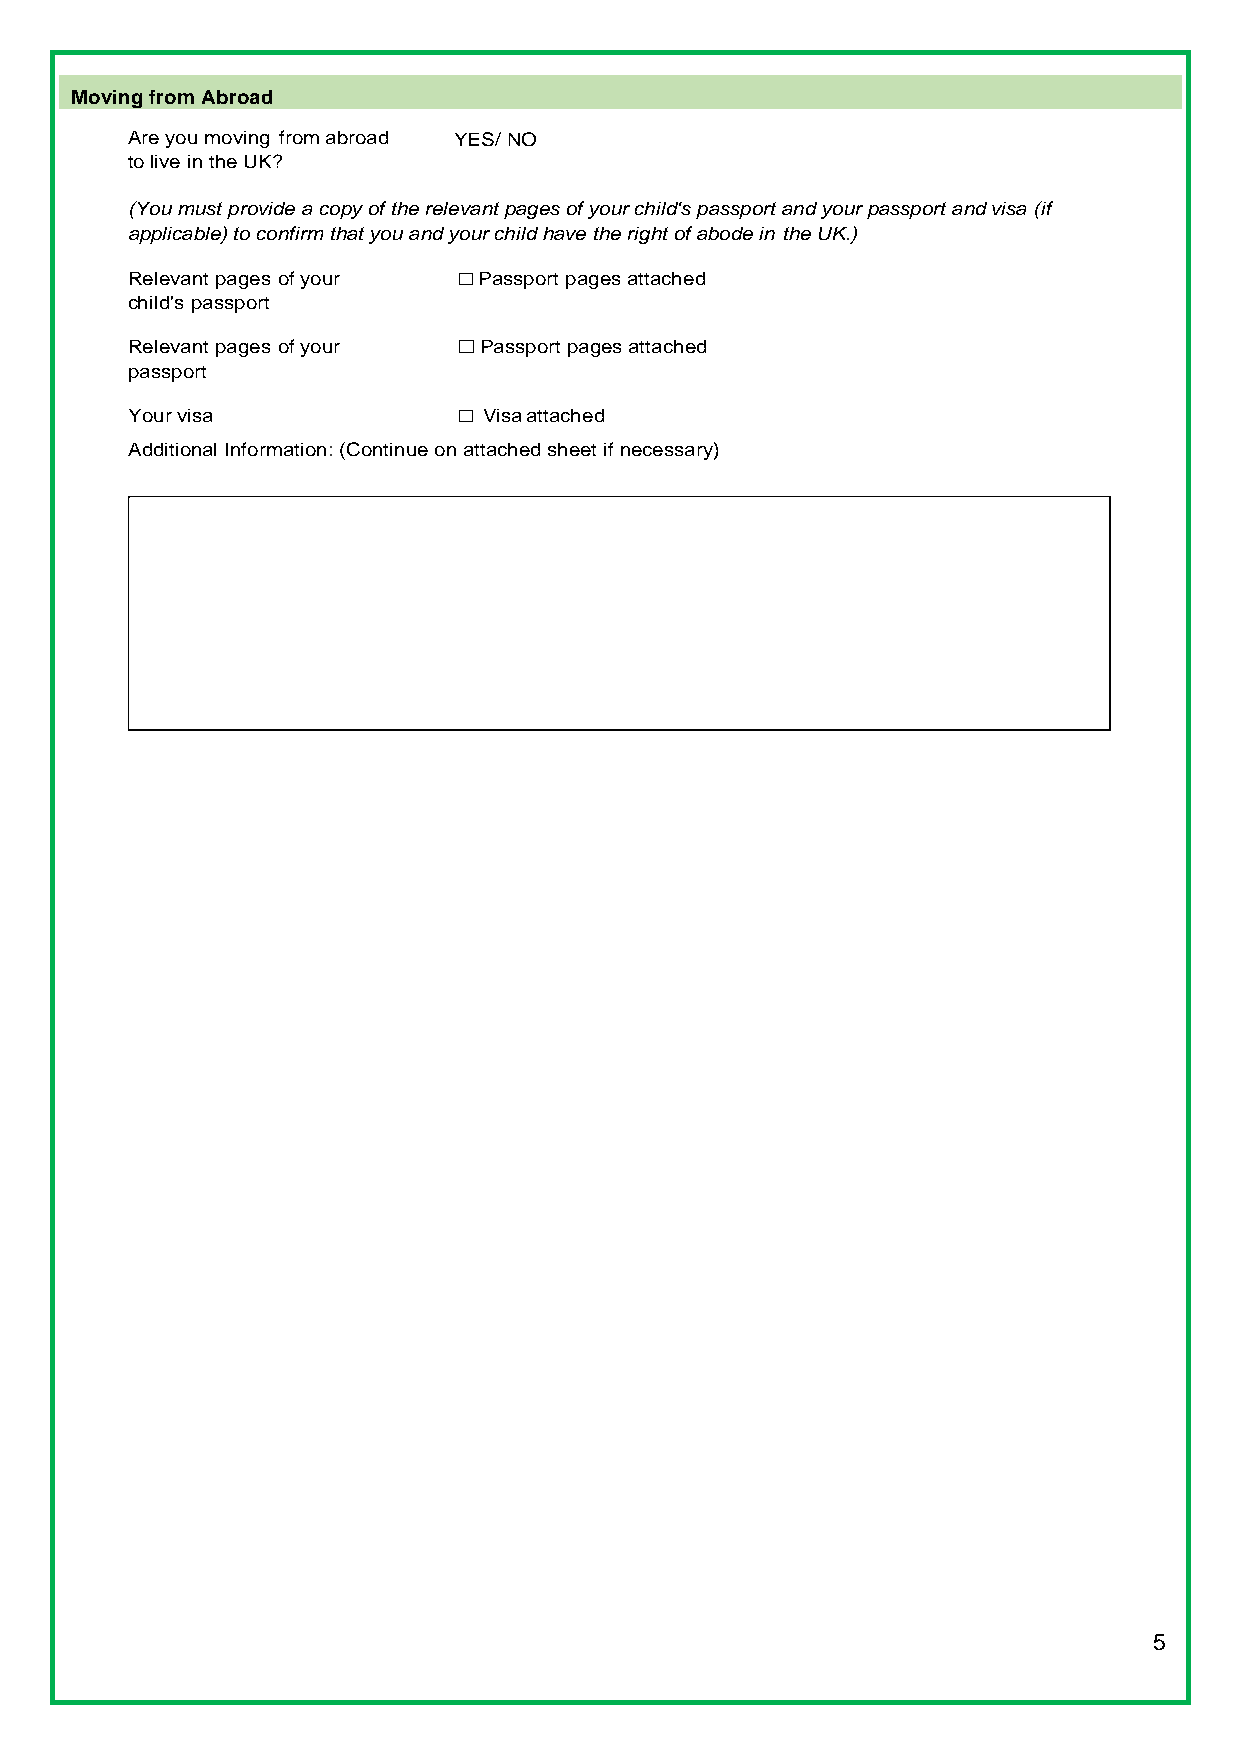
Moving from Abroad
 Are you moving from abroad YES/ NO
 to live in the UK?
 (You must provide a copy of the relevant pages of your child's passport and your passport and visa (if
 applicable) to confirm that you and your child have the right of abode in the UK.)
 □
 Relevant pages of your  Passport pages attached
 child's passport
 □
 Relevant pages of your  Passport pages attached
 passport
 □
 Your visa               Visa attached
 Additional Information: (Continue on attached sheet if necessary)
 5